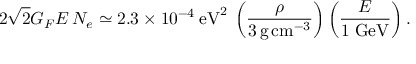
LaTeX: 2 \sqrt { 2 } G _ { F } E \, N _ { e } \simeq 2 . 3 \times 1 0 ^ { - 4 } \: \mathrm { e V } ^ { 2 } \: \left( \frac { \rho } { 3 \, \mathrm { g } \, \mathrm { c m } ^ { - 3 } } \right) \left( \frac { E } { 1 \; \mathrm { G e V } } \right) .